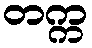
တက္က